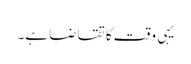
یہی وقت کا تقاضا ہے۔